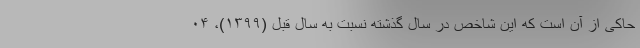
حاکی از آن است که این شاخص در سال گذشته نسبت به سال قبل (۱۳۹۹)، ۰۴